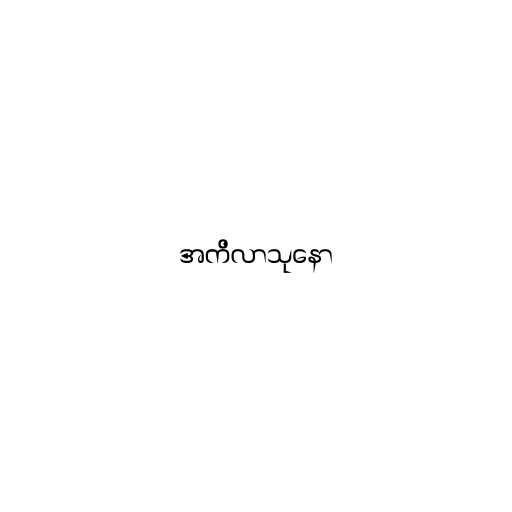
အကိလာသုနော